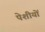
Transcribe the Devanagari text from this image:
पेशीयों